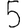
Digit: 5